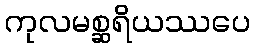
ကုလမစ္ဆရိယဿပေ